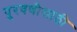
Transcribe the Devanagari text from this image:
पुरवणीसाठी